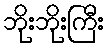
ဘိုးဘိုးကြီး